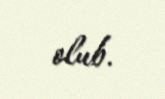
olub.